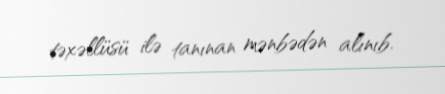
təxəllüsü ilə tanınan mənbədən alınıb.